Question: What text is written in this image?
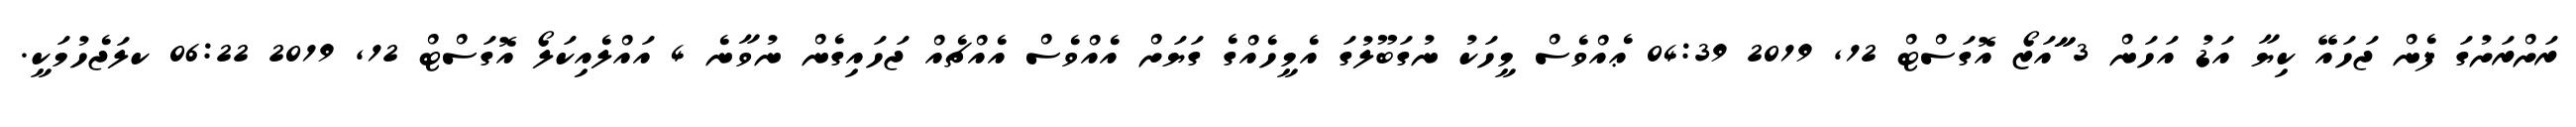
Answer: ރަށްރަށުގަ ފެން ޖަހައޭ ކިޔާ އަޑު އަހަން 3 ާާައަޒޯ އޮގަސްޓް 12, 2019 04:39 ޢެއްވެސް މީހަކު ނުގަބޫލުގަ އެމީހެއްގެ ގަޔަށް އެއްވެސް އެއްޗެއް ޖަހައިގެން ނުވާނެ 4 އައްލެއިކަލޯ އޮގަސްޓް 12, 2019 06:22 ކލަޖެހުމަކީ.